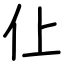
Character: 仩